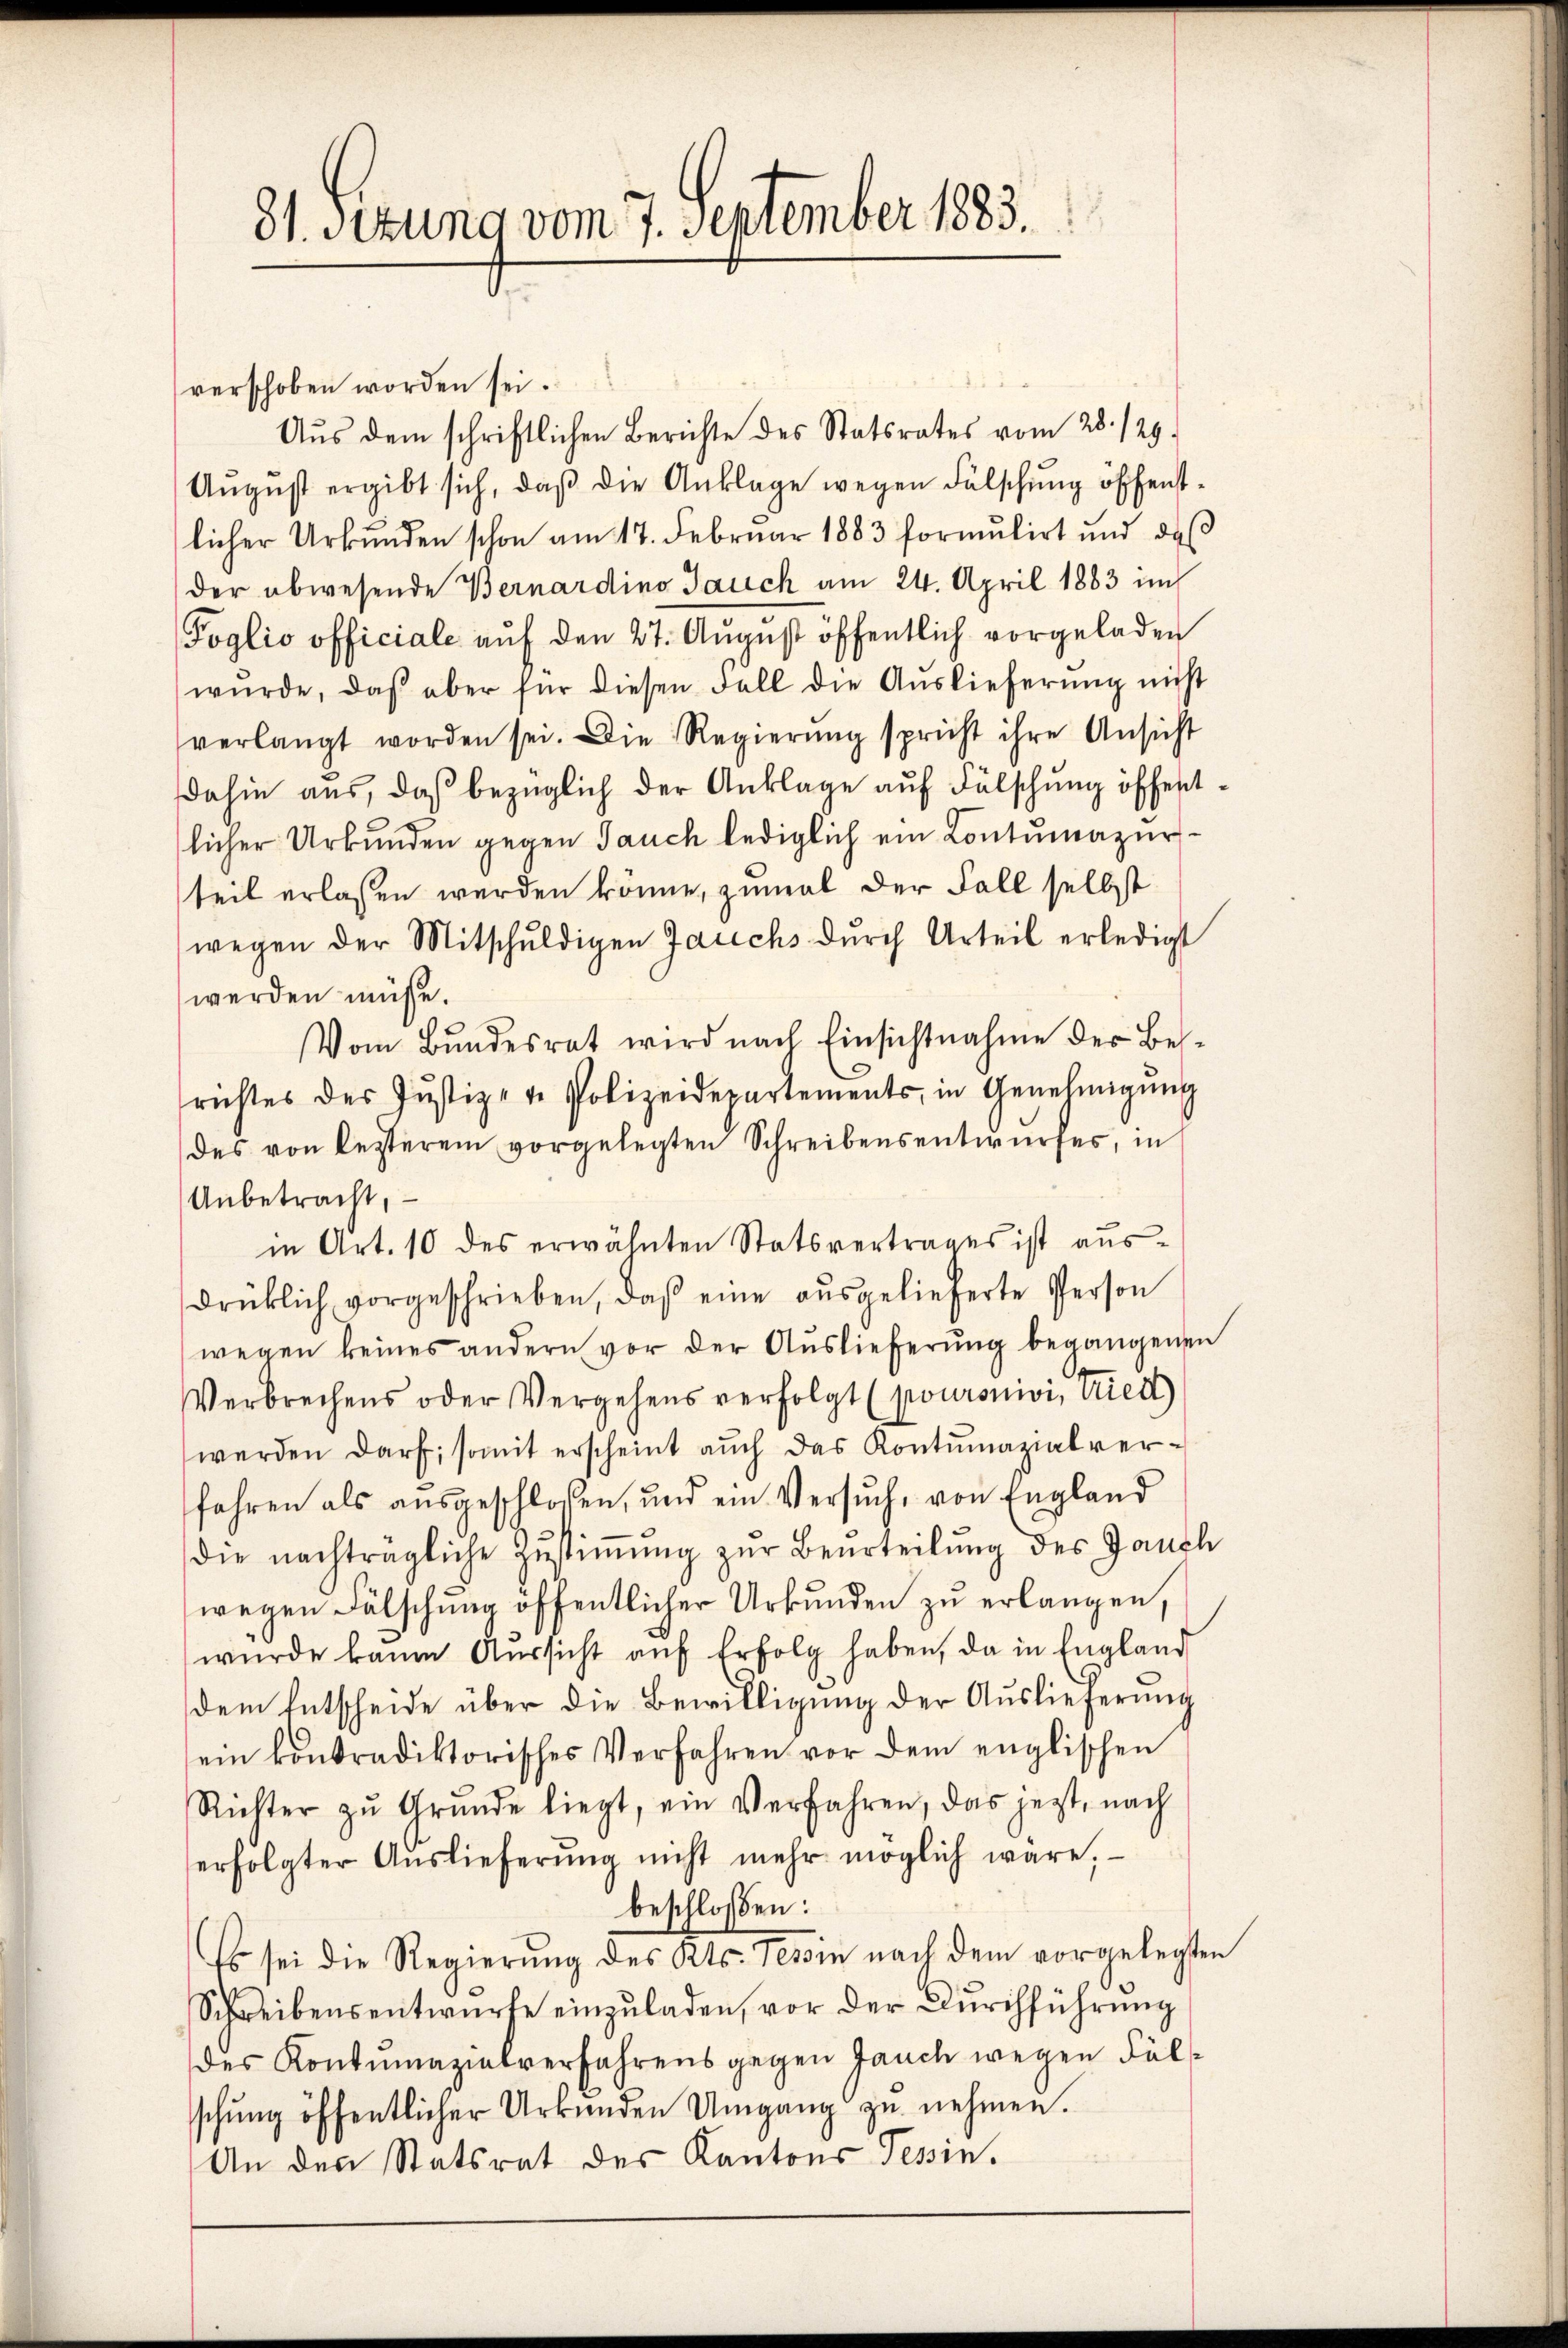
31. Sitzung vom 7. September 1883.

verschoben worden sei.
Aŭs dem schriftlichen Berichte des Statsrates vom 28./29.
Aŭgŭst ergibt sich, daβ die Anklage wegen Fälschung offentlicher Urkunden schon am 17. Februar 1883 formŭlirt und daβ
der abwesende Bernardino Jauch am 24. April 1883 im
Poglio officiale auf den 27. August öffentlich vorgeladen
wŭrde, daβ aber für diesen Fall die Auslieferŭng nicht
verlangt worden sei. Die Regierŭng spricht ihre Ansicht
dahin aus, daß bezüglich der Anklage auf Fälschung öffentlicher Urkunden gegen Jauch lediglich ein Contumazur
teil erlassen werden könne, zumal der Fall selbst
wegen der Mitschŭldigen Jauchs dŭrch Urteil erledigt
werden müsse.
Vom Bŭndesrat wird nach Einsichtnahme der Be-
richtes des Jŭstiz- u. Polizeidepartements, in Genehmigŭng
des von lezterem vorgelegten Schreibensentwŭrfes, in
Anbetracht,
in Art. 10 des erwähnten Statsvertrages ist aus-
drüklich vorgeschrieben, daβ eine aŭsgelieferte Person
wegen keines andern vor der Aŭslieferŭng begangenen
Verbrechens oder Vergehens verfolgt (poursuivi, wied
werden darf; somit erscheint aŭch das Kontumazialverfahren als aŭsgeschloßen, und ein Versŭch, von England
die nachträgliche Zŭstiṁŭng zŭr Beurteilŭng des Jauch
wegen Fälschung öffentlicher Urkunden zu erlangen,
wŭrde kann Aŭssicht aŭf Erfolg haben, da in England
dem Entscheide über die Bewilligung der Auslieferung
sein kontradiktorisches Verfahren vor dem englischen
Richter zŭ Grŭnde liegt, ein Verfahren, das jetzt, nach
erfolgter Aŭslieferŭng nicht mehr möglich wäre,
beschloßen:
Es sei die Regierŭng des Kts. Tessin nach dem vorgelegten
Schreibensentwürfe einzŭladen, vor der Dŭrchführŭng
des Kontumazialverfahrens gegen Jauch wegen Fälschŭng öffentlicher Urkunden Umgang zŭ nehmen.
An den Statsrat des Kantons Tessin.